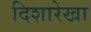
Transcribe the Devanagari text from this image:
दिशारेखा